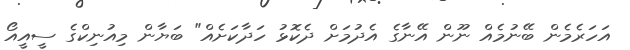
އަހަރެމެން ބޭނުމެއް ނޫން އޭނާގެ އެދުމަށް ދެކޮޅު ހަދާކަށެއް" ބަޔާން މިއުނިކްގެ ސީއީއޯ